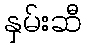
နှမ်းဆီ